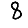
Digit: 8